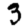
Digit: 3